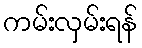
ကမ်းလှမ်းရန်